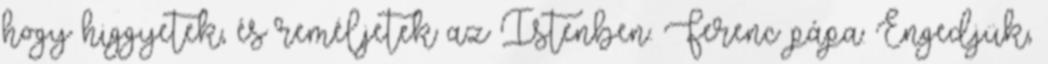
hogy higgyetek, és reméljetek az Istenben. Ferenc pápa: Engedjük,